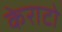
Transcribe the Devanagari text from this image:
केराटो